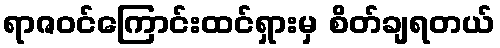
ရာဇဝင်ကြောင်းထင်ရှားမှ စိတ်ချရတယ်